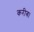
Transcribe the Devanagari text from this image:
करीब।